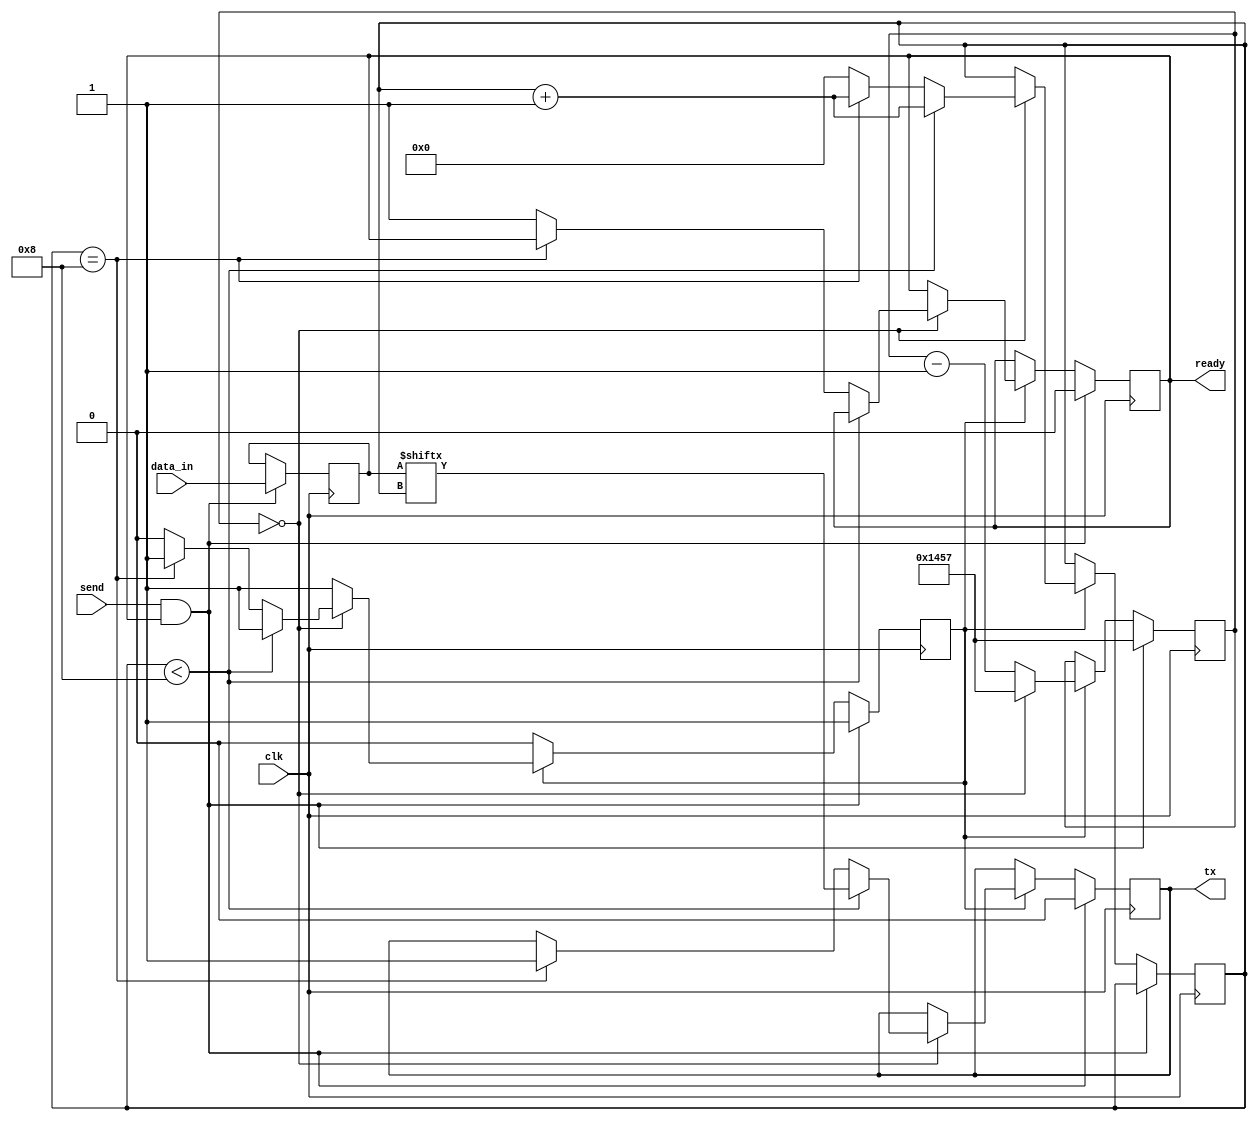
module uart_tx(
    input wire clk,
    input wire [7:0] data_in,
    input wire send,
    output reg tx,
    output reg ready
);
    parameter BAUD_RATE = 9600;
    parameter CLK_FREQ = 50000000;
    parameter BAUD_COUNT = CLK_FREQ / BAUD_RATE;

    reg [15:0] baud_counter = 0;
    reg [3:0] bit_counter = 0;
    reg [7:0] data = 0;
    reg sending = 0;

    always @(posedge clk) begin
        if (send && ready) begin
            sending <= 1;
            ready <= 0;
            data <= data_in;
            tx <= 0; // Start bit
            baud_counter <= BAUD_COUNT - 1;
        end else if (sending) begin
            if (baud_counter == 0) begin
                baud_counter <= BAUD_COUNT - 1;
                if (bit_counter < 8) begin
                    tx <= data[bit_counter];
                    bit_counter <= bit_counter + 1;
                end else if (bit_counter == 8) begin
                    tx <= 1; // Stop bit
                    bit_counter <= bit_counter + 1;
                end else begin
                    sending <= 0;
                    ready <= 1;
                    bit_counter <= 0;
                end
            end else begin
                baud_counter <= baud_counter - 1;
            end
        end
    end
endmodule